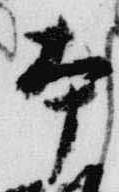
本